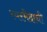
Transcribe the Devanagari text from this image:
स्वरभेदाची